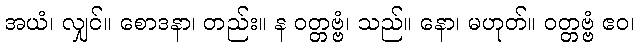
အယံ၊ လျှင်။ စောဒနာ၊ တည်း။ န ဝတ္တဗ္ဗံ၊ သည်။ နော၊ မဟုတ်။ ဝတ္တဗ္ဗံ ဧဝ၊